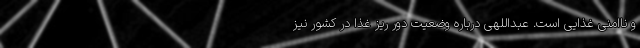
و ناامنی غذایی است. عبداللهی درباره وضعیت دور ریز غذا در کشور نیز